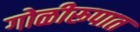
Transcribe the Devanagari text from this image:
गोळीरूपात